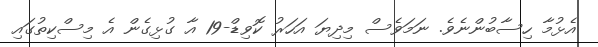
އެޅުމާ ހިސާބުންނެވެ. ނަމަވެސް މިދިޔަ އަހަރު ކޮވިޑް-19 އާ ގުޅިގެން އެ މިސްކިތުގައި